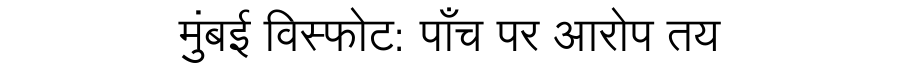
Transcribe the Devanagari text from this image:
मुंबई विस्फोट: पाँच पर आरोप तय